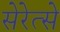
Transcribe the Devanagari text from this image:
सेरेत्से